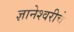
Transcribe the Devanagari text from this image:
ज्ञानेश्‍वरीचे